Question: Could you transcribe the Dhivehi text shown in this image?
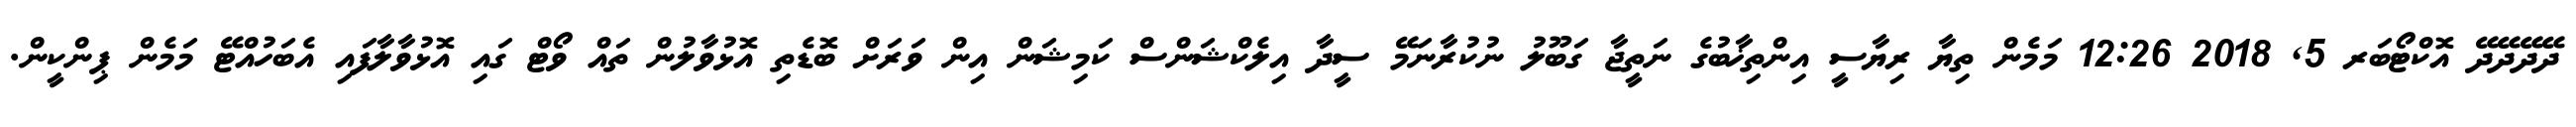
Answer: ދޭދޭދޭދޭ އޮކްޓޯބަރ 5, 2018 12:26 މަމެން ތިޔާ ރިޔާސީ އިންތިޚާބުގެ ނަތީޖާ ގަބޫލު ނުކުރާނަމޭ ސީދާ އިލެކްޝަންސް ކަމިޝަން އިން ވަރަށް ބޮޑެތި އޮޅުވާލުން ތައް ވޯޓް ގައި އޮޅުވާލާފައި އެބަހުއްޓޭ މަމެން ޕިންކީން.